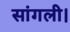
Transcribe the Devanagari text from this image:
सांगली।